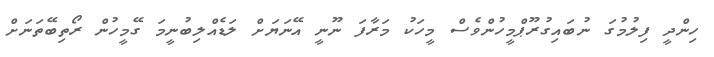
ހިންދީ ފިލުމުގަ ނުބައިގުރޫޕްމީހުންވެސް މީހަކު މަރާފަ ނޫނީ އޭނަޔަށް ލަޑެއްލިބުނީމަ ގޭމީހުން ރޯތިބޭތަނަށް